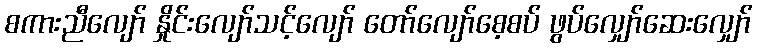
စကားညီလျော် နှိုင်းလျော်သင့်လျော် တော်လျော်စေ့စပ် ဖွပ်လျှော်ဆေးလျှော်